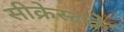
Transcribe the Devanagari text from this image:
सीक्रेस्टके